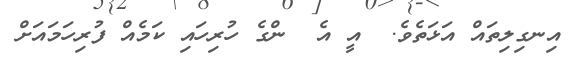
އިނގިލިތައް އަޅަތެވެ.  އީ އެ  ންގެ ހުރިހައި ކަމެއް ފުރިހަމައަށް